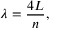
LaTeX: \lambda = { \frac { 4 L } { n } } ,